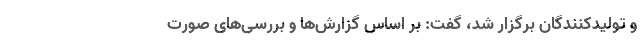
و تولیدکنندگان برگزار شد، گفت: بر اساس گزارش‌ها و بررسی‌های صورت